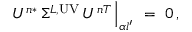
U ^ { n * } \, \Sigma ^ { L , \mathrm { U V } } \, U ^ { n T } \, \Big | _ { \alpha l ^ { \prime } } \ = \ 0 \, ,